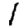
Digit: 1